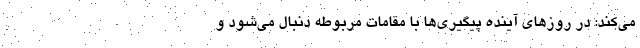
می‌کند: در روزهای آینده پیگیری‌ها با مقامات مربوطه دنبال می‌شود و